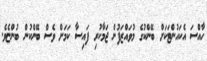
ހާއްސަ އެކައުންޓަކަށް ބޭންކުގެ މުވައްޒަފުން ޖަމާކުރި ފައިސާ ކަމަށް ވެސް ބޭންކުން ބުންޏެވެ.